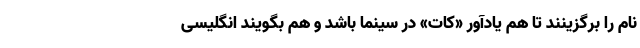
نام را برگزینند تا هم یادآور «کات» در سینما باشد و هم بگویند انگلیسی